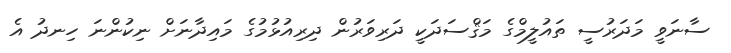
ސާނަވީ މަދަރުސީ ތައުލީމްގެ މަޤްސަދަކީ ދަރިވަރުން ދިރިއުޅުމުގެ މައިދާނަށް ނިކުންނަ ހިނދު އެ